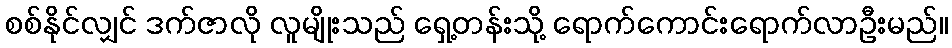
စစ်နိုင်လျှင် ဒက်ဇာလို လူမျိုးသည် ရှေ့တန်းသို့ ရောက်ကောင်းရောက်လာဦးမည်။